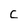
Character: C